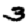
Digit: 3